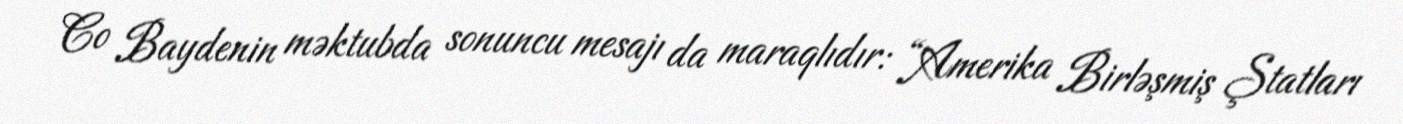
Co Baydenin məktubda sonuncu mesajı da maraqlıdır: “Amerika Birləşmiş Ştatları